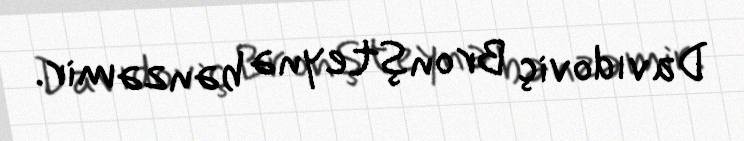
Davıdoviç Bronşteynə bənzəmir.